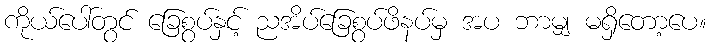
ကိုယ်ပေါ်တွင် ခြေစွပ်နှင့် ညအိပ်ခြေစွပ်ဖိနပ်မှ အပ ဘာမျှ မရှိတော့ပေ။